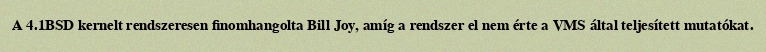
A 4.1BSD kernelt rendszeresen finomhangolta Bill Joy, amíg a rendszer el nem érte a VMS által teljesített mutatókat.